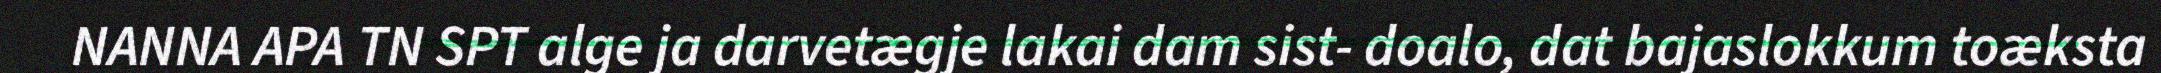
NANNA APA TN SPT alge ja darvetægje lakai dam sist- doalo, dat bajaslokkum toæksta